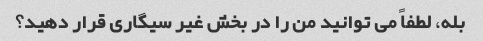
بله، لطفاً می توانید من را در بخش غیر سیگاری قرار دهید؟